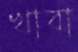
খাবা